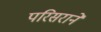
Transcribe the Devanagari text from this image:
परिसराने